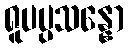
ရူပပ္ပသန္နော